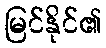
မြင်နိုင်၏